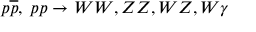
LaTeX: p \overline { { { p } } } , \; p p \rightarrow W W , Z Z , W Z , W \gamma